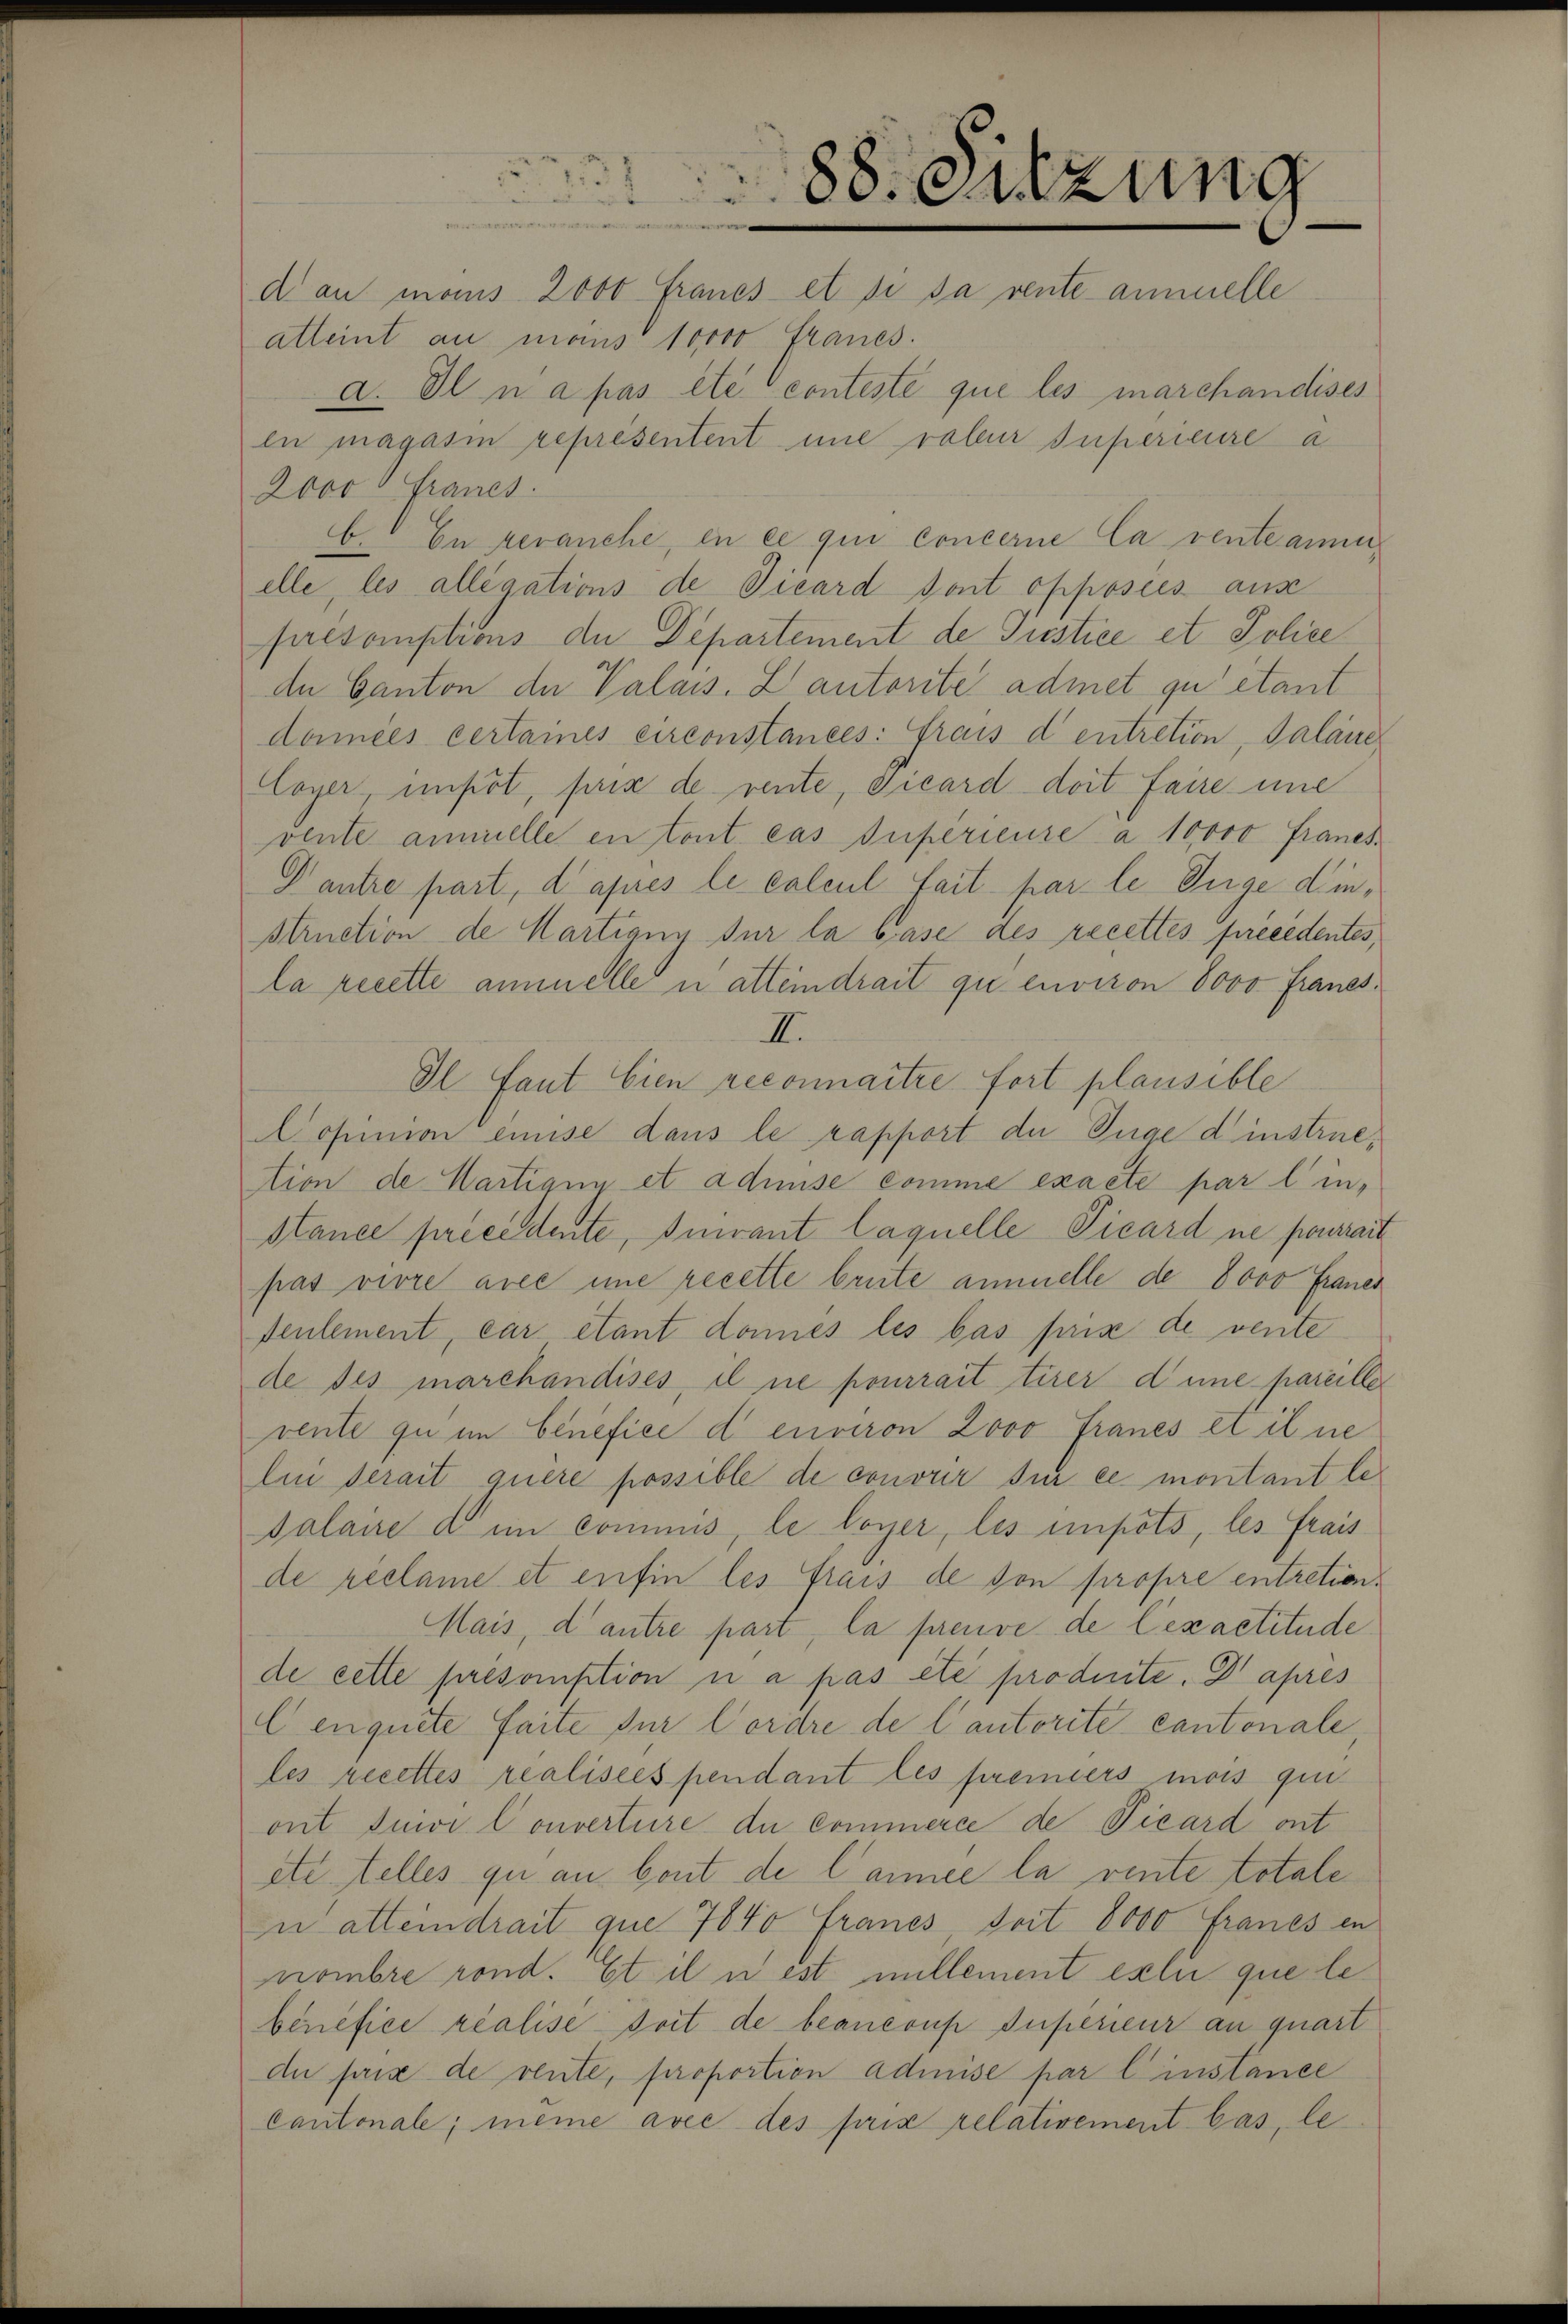
atleint an mans 10000 Franes.
a. Il n a pas été conteste que les marchandises
en magasin representent une rateur superieure a
2000 Francs.
b. En veranche, en ce qui Concerne la venteamen,
elle, les allegations de Vicard dont opposées aus
présomptions de Departement de Justice et Police
de Canton der Valais. Lautorité admet zu etant
damées certaines circonstances: Frais d’entretion, Salaire
Loyer, impöt, prix de rente, vicard doit faire une
vente ammelle en tout cas Superieure à 10,000 Franes.
Dantre part, d’après le calcul fait par le Juge die¬
Struction de Martians sur la Gase des recettes précédentes,
la recette ammelle u atteindrait qu environ 6000 Franes.
II.
Il Saut bien reconnaitre fort plansible
Aopinion einise dans le rapport du Juge dinstrietion de Hartigen et admise comme exacte par l. in,
stance precedente, Invant laquelle Picard ne pourrait
pas vivre arce une recette brute ammelle de 8000 Frauer
seulement, car etant donnes les bas prise de vente
de des marchandises, il ne pourrait tirer dene pareiller
vente qu im benefice d environ 2000 Francs et il ne
lii serait quere possible de convier sur ce montant le¬
Palaire dem commis, le loyer, les impots, les frais
de réclame et enfin les frais de von propre entretion¬
Mais, d’autre part, la preuve de lexaetitude
de cette présomption i a pas été produite. Dr apres
Cenquete faite für Cordre de lautorite cantonale
les recettes realisées pendant les premiers mois qui
ont suivi Converture du commerce de Vicard ont
etc telles qu au bout de l’année la rente totale
n atteindrait que 7840 Francs, soit 8000 Franes in
nombre rond. Et il n est millement es lui que lebénéfice réalise soit de beanconp Superieur an quart
du prise de vente, proportion admise par l’instance
Cantonale; meine avec des pris relativement bas, le¬

88. Sitzung
di an manis 2000 Francs et si sa vente ammelle